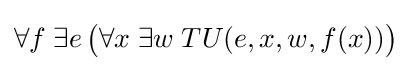
\forall f\;\exists e\,{\big (}\forall x\;\exists w\;TU(e,x,w,f(x)){\big )}